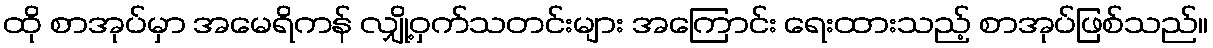
ထို စာအုပ်မှာ အမေရိကန် လျှို့ဝှက်သတင်းများ အကြောင်း ရေးထားသည့် စာအုပ်ဖြစ်သည်။